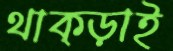
থাক্‌ড়াই